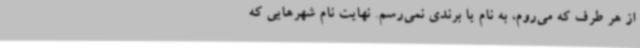
از هر طرف که می‌روم، به نام یا برندی نمی‌رسم. نهایت نام شهرهایی که